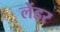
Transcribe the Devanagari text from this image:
लेंडर